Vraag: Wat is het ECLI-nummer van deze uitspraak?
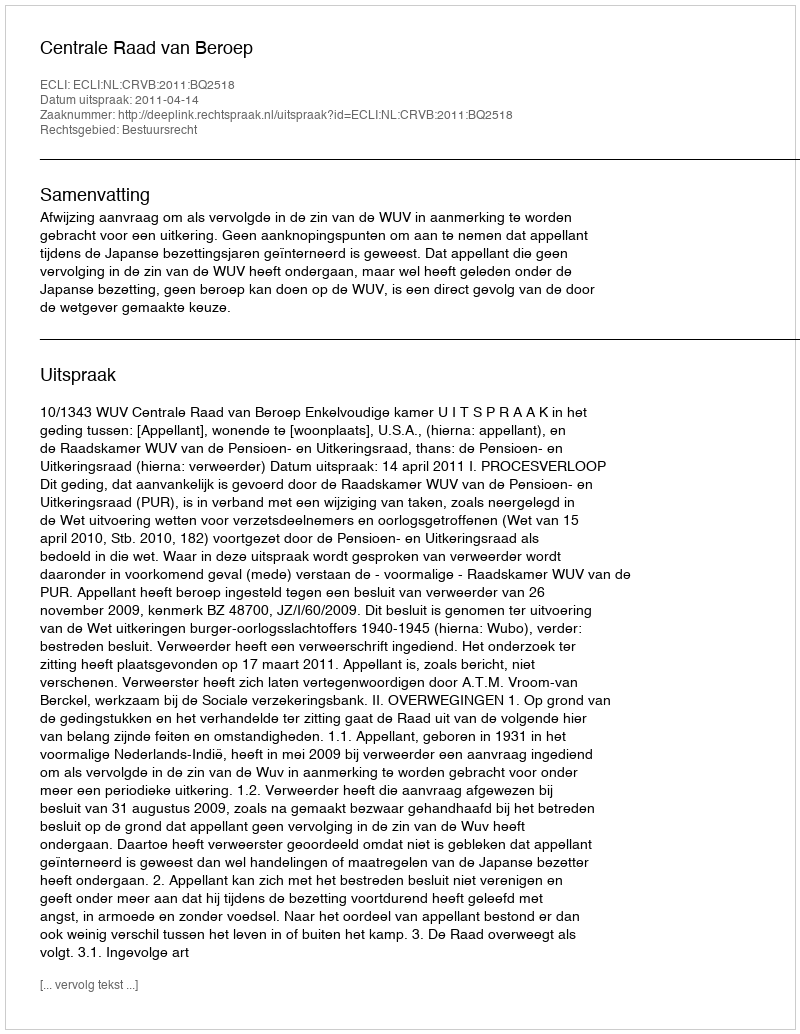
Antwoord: ECLI:NL:CRVB:2011:BQ2518